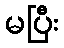
မပြီး